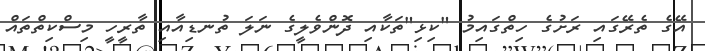
އޭގެ ތެރޭގައި ރަށުގެ ހިތްގައިމު "ކިޅި"ތަކާއި ދޮންވެލީގެ ނަލަ ތުނޑިއާއި ތާރީހީ މިސްކިތްތައް